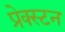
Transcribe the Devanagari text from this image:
प्रेक्स्टन